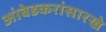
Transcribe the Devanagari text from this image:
आंबेडकरांसारखे